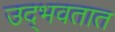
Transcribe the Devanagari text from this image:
उद्‍भवतात